Vaccination in the Punjab 1897-1904 - 1897-1904
Year: 1897
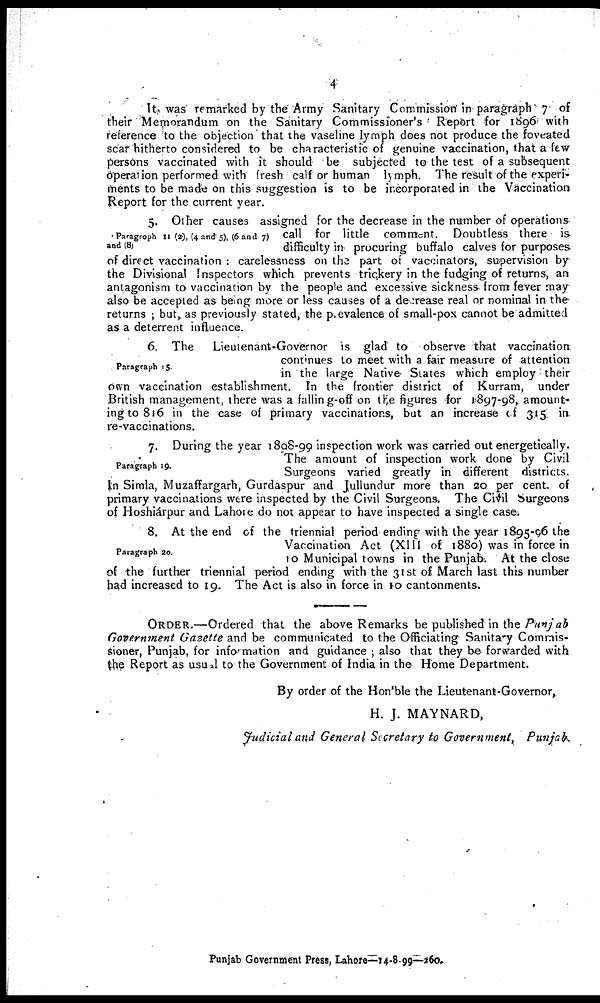
4
It was remarked by the Army Sanitary Commission in paragraph 7 of
their Memorandum on the Sanitary Commissioner's Report for 1896 with
reference to the objection that the vaseline lymph does not produce the foveated
scar hitherto considered to be characteristic of genuine vaccination, that a few
persons vaccinated with it should be subjected to the test of a subsequent
operation performed with fresh calf or human lymph. The result of the experi-
ments to be made on this suggestion is to be incorporated in the Vaccination
Report for the current year.
5. Other causes assigned for the decrease in the number of operations
call for little comment. Doubtless there is
difficulty in procuring buffalo calves for purposes
of direct vaccination : carelessness on the part of vaccinators, supervision by
the Divisional inspectors which prevents trickery in the fudging of returns, an
antagonism to vaccination by the people and excessive sickness from fever may
also be accepted as being more or less causes of a decrease real or nominal in the
returns ; but, as previously stated, the prevalence of small-pox cannot be admitted
as a deterrent influence.
Paragraph 14 (2), (4 and 5), (6 and 7)
and (8)
Paragraph 15.
6. The
Lieutenant-Governor is glad to observe that vaccination
continues to meet with a fair measure of attention
in the large Native States which employ their
own vaccination establishment. In the frontier district of Kurram, under
British management, there was a falling-off on the figures for 1897-98, amount
ing to 816 in the case of primary vaccinations, but an increase of 315 in
re-vaccinations.
7. During the year 1898-99 inspection work was carried out energetically.
The amount of inspection work done by Civil
Surgeons varied greatly in different districts.
In Simla, Muzaffargarh, Gurdaspur and Jullundur more than 20 per cent. of
primary vaccinations were inspected by the Civil Surgeons. The Civil Surgeons
of Hoshiárpur and Lahore do not appear to have inspected a single case.
Paragraph 19.
Paragraph 20.
8. At the end of the triennial period ending with the year 1895-96 the
Vaccination Act (XIII of 1889) was in force in
10 Municipal towns in the Punjab. At the close
of the further triennial period ending with the 31st of March last this number
had increased to 19. The Act is also in force in 10 cantonments.
ORDER.—Ordered that the above Remarks be published in the Punjab
Government Gazette and be communicated to the Officiating Sanitary Commis-
sioner, Punjab, for information and guidance; also that they be forwarded with
the Report as usual to the Government of India in the Home Department.
By order of the Hon'ble the Lieutenant-Governor,
H. J. MAYNARD,
Judicial and General Secretary to Government, Punjab.
Punjab Government Press, Lahore—14-8-99—260,